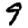
Digit: 9